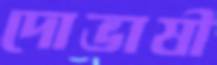
দোভাষী